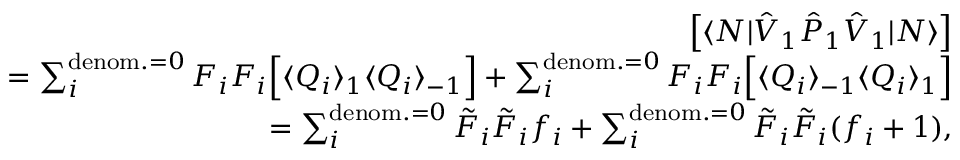
\begin{array} { r l r } & { } & { \left[ \langle N | \hat { V } _ { 1 } \hat { P } _ { 1 } \hat { V } _ { 1 } | N \rangle \right] } \\ & { } & { = \sum _ { i } ^ { \mathrm { d e n o m . } = 0 } { F _ { i } F _ { i } } \Big [ \langle Q _ { i } \rangle _ { 1 } \langle Q _ { i } \rangle _ { - 1 } \Big ] + \sum _ { i } ^ { \mathrm { d e n o m . } = 0 } { F _ { i } F _ { i } } \Big [ \langle Q _ { i } \rangle _ { - 1 } \langle Q _ { i } \rangle _ { 1 } \Big ] } \\ & { } & { = \sum _ { i } ^ { \mathrm { d e n o m . } = 0 } { \tilde { F } _ { i } \tilde { F } _ { i } } { f _ { i } } + \sum _ { i } ^ { \mathrm { d e n o m . } = 0 } { \tilde { F } _ { i } \tilde { F } _ { i } } { ( f _ { i } + 1 ) } , } \end{array}